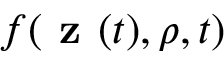
f ( \textbf { z } ( t ) , \rho , t )